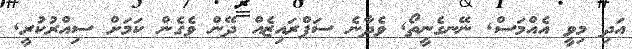
އަދި މިވީ އެއްމަސް